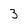
Character: 3